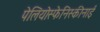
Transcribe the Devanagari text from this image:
पेलियोस्फेनिस्कीनाई